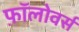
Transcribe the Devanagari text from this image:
फ़ॉलोवर्स